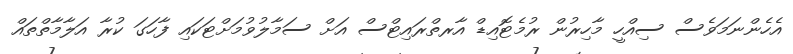
އެހެންނަމަވެސް ސިއްހީ މާހިރުން ރުމެޓޮއިޑް އާރތްރައިޓްސް އަށް ސަމާލުުވުމަށްޓަަކައި ފާހަގަ ކުރާ އަލާމާތްތައް